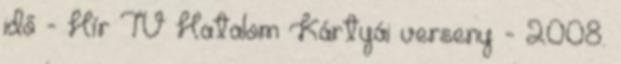
idő - Hír TV Hatalom Kártyái verseny - 2008.